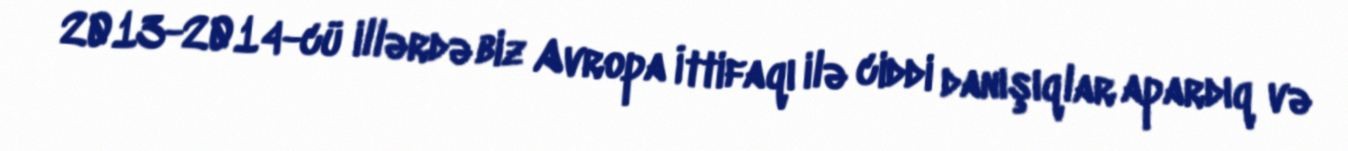
2013-2014-cü illərdə biz Avropa İttifaqı ilə ciddi danışıqlar apardıq və